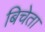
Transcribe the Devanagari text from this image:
बिचेता